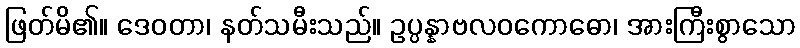
ဖြတ်မိ၏။ ဒေဝတာ၊ နတ်သမီးသည်။ ဥပ္ပန္နာဗလဝကောဓော၊ အားကြီးစွာသော